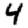
Digit: 4